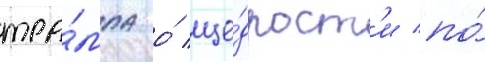
тра́мпа о́ ще́дрост'и по́